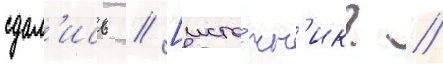
сдал'ись // [исто́чн'ик? //